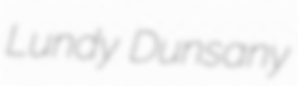
Lundy Dunsany